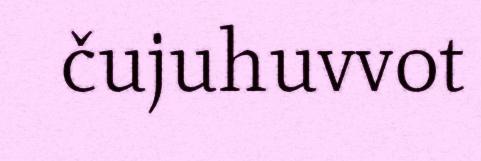
čujuhuvvot